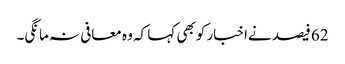
62 فیصد نےاخبار کو بھی کہا کہ وہ معافی نہ مانگی۔